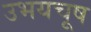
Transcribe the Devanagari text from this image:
उभयचूष